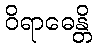
ဝိရာဓေန္တိ